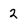
Character: 2